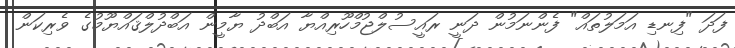
ފަދަ "ފިނޑި އަމަލުތައް" ފެންނަމުން ދަނީ ރައީސުލްޖުމްހޫރިއްޔާ އަބްދު ޔާމީން އަަބްދުލްޤައްޔޫމުގެ ވެރިކަން